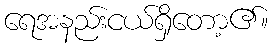
ရေအနည်းငယ်ရှိတော့၏။